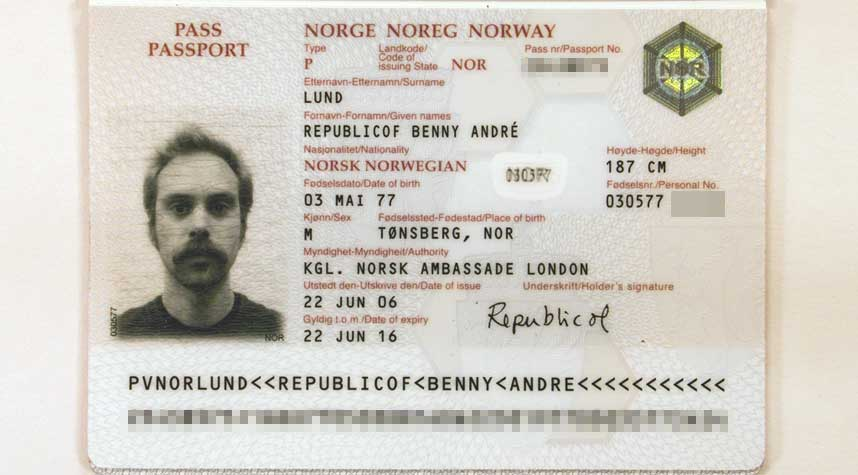
Language: no